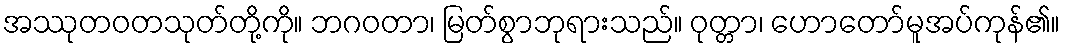
အဿုတဝတသုတ်တို့ကို။ ဘဂဝတာ၊ မြတ်စွာဘုရားသည်။ ဝုတ္တာ၊ ဟောတော်မူအပ်ကုန်၏။